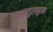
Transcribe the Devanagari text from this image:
अब्दुलहक